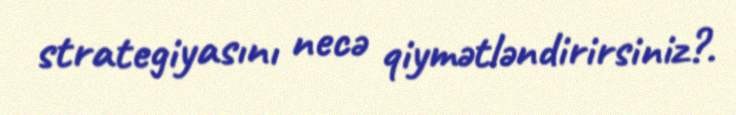
strategiyasını necə qiymətləndirirsiniz?.